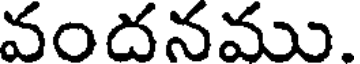
వందనము.